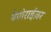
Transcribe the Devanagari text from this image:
वैपोराईज़र